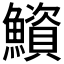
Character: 𫚁